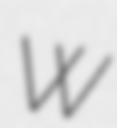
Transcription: W